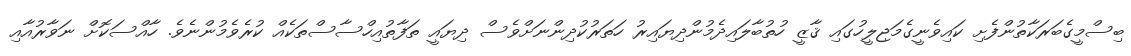
ބިސްމީގެބަރަކާތުންފެށި ކައިވެނީގެމަޖިލީހުގައި ޤާޒީ ހުތުބާލައިދެމުންދިޔައިރު ހަތަރުކުދިންނަށްވެސް ދިޔައީ ތަފާތުއިހްސާސްތަކެއް ކުރެވެމުންނެވެ. ހާއްސަކޮށް ނަވާރުއާއި